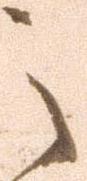
之